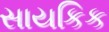
સાયકિક